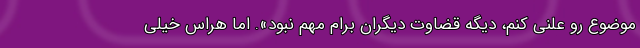
موضوع رو علنی کنم، دیگه قضاوت دیگران برام مهم نبود». اما هراس خیلی